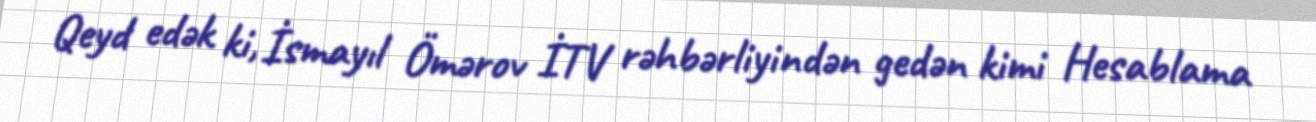
Qeyd edək ki, İsmayıl Ömərov İTV rəhbərliyindən gedən kimi Hesablama